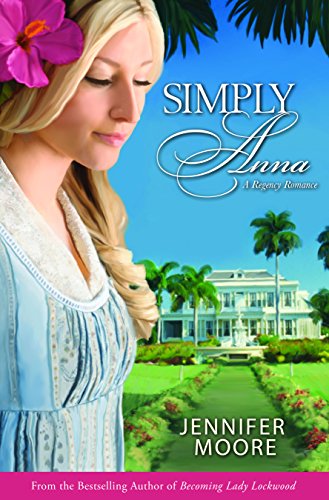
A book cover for Simply Anna (Regency Romance); Jennifer Moore; Romance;